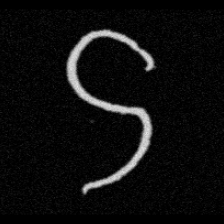
Pyu character \u2014 Myanmar letter: ဌ (romanized: ttha)